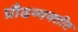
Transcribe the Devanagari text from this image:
प्रौढव्यक्तीत